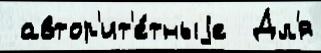
 автор'ит'е́тныjе  Дл'я